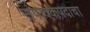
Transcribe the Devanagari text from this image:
संपादकपदाचा